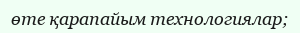
өте қарапайым технологиялар;